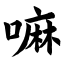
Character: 嘛